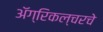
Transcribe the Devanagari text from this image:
अॅग्रिकल्चरचे